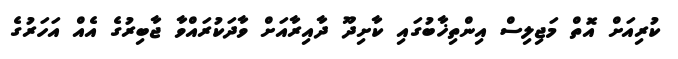
ކުރިއަށް އޮތް މަޖިލިސް އިންތިޚާބުގައި ކާށިދޫ ދާއިރާއަށް ވާދަކުރައްވާ ޖާބިރުގެ އެއް އަހަރުގެ